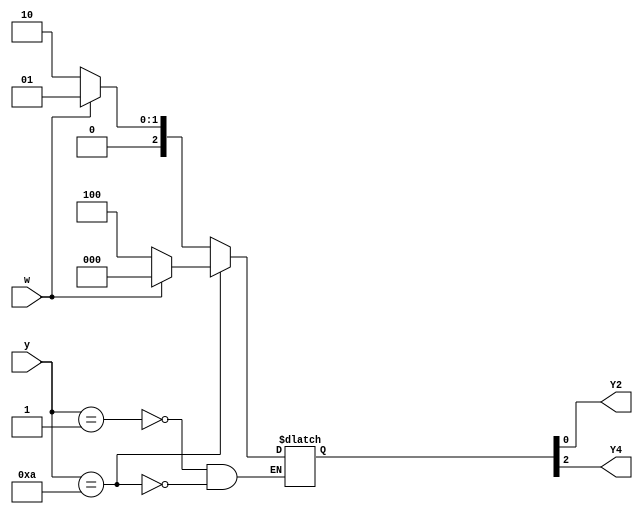
module top_module (
    input [6:1] y,
    input w,
    output Y2,
    output Y4);
    parameter a=000001;
    parameter b=000010; 
    parameter c=000100; 
    parameter d=001000;
    parameter e=010000; 
    parameter f=100000;
    reg [6:1] next;
    always @(*) begin
        case(y)
        a:next=(w)?a:b;
        b:next=(w)?d:c;
        c:next=(w)?d:e;
        d:next=(w)?a:f;
        e:next=(w)?d:e;
        f:next=(w)?d:c;
        endcase
    end
    assign Y2 = next[1];
    assign Y4 = next[3];
endmodule